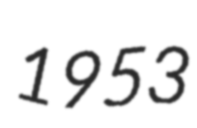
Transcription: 1953